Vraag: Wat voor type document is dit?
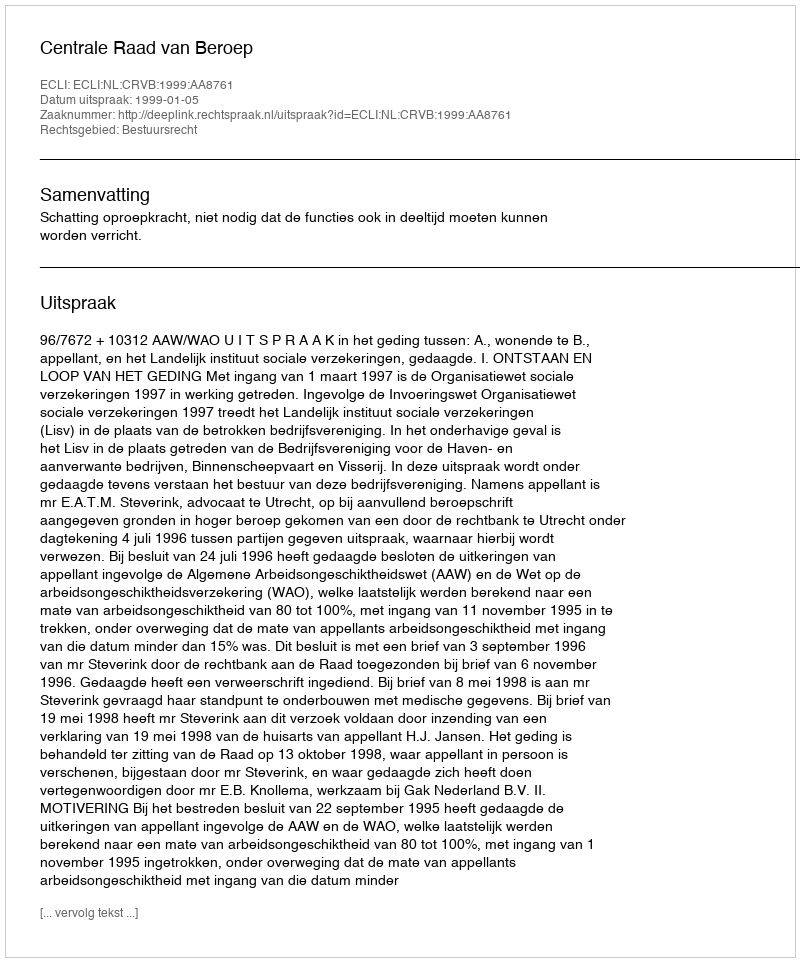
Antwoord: Uitspraak